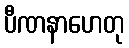
ပီဏနာဟေတု